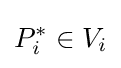
P_{i}^{*}\in V_{i}